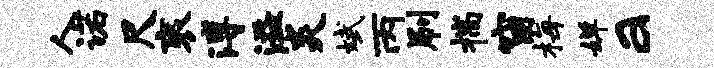
人诺尺衮溥溢炎斌丙刷揣窗梅婵a